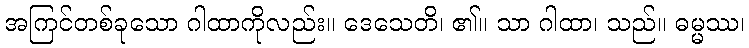
အကြင်တစ်ခုသော ဂါထာကိုလည်း။ ဒေသေတိ၊ ၏။ သာ ဂါထာ၊ သည်။ ဓမ္မဿ၊